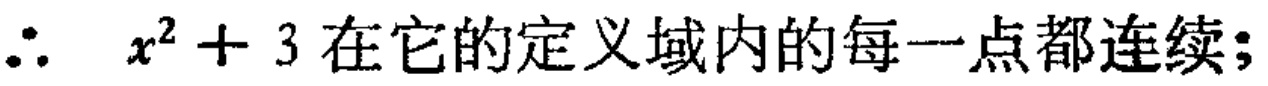
$\therefore\ x^{2}+3$在它的定义域内的每一点都连续;